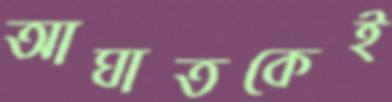
আঘাতকেই